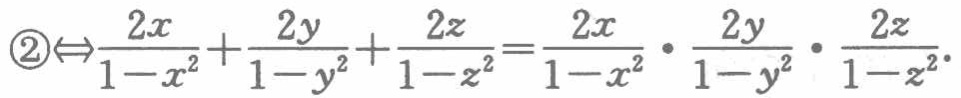
$\textcircled{2}\Leftrightarrow\frac{2x}{1 - x^{2}}+\frac{2y}{1 - y^{2}}+\frac{2z}{1 - z^{2}}=\frac{2x}{1 - x^{2}}\cdot\frac{2y}{1 - y^{2}}\cdot\frac{2z}{1 - z^{2}}.$